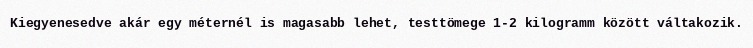
Kiegyenesedve akár egy méternél is magasabb lehet, testtömege 1-2 kilogramm között váltakozik.